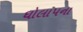
ઘોલાપના